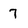
Character: 7